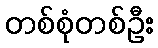
တစ်စုံတစ်ဦး